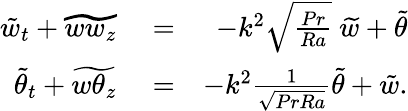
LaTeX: \begin{array}{rlr}{\tilde{w}_{t}+\widetilde{ww_{z}}}&{{}=}&{-k^{2}\sqrt{\frac{Pr}{Ra}}\ \widetilde{w}+\tilde{\theta}}\\ {\tilde{\theta}_{t}+\widetilde{w\theta_{z}}}&{{}=}&{-k^{2}\frac{1}{\sqrt{PrRa}}\widetilde{\theta}+\tilde{w}.}\end{array}